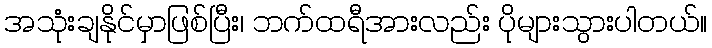
အသုံးချနိုင်မှာဖြစ်ပြီး၊ ဘက်ထရီအားလည်း ပိုများသွားပါတယ်။